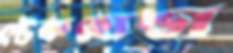
স্টেকহোল্ডা